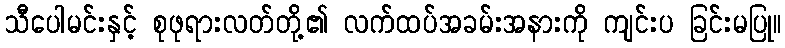
သီပေါမင်းနှင့် စုဖုရားလတ်တို့၏ လက်ထပ်အခမ်းအနားကို ကျင်းပ ခြင်းမပြု။